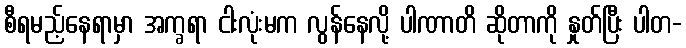
စီရမည့်နေရာမှာ အက္ခရာ ငါးလုံးမက လွန်နေလို့ ပါဏာတိ ဆိုတာကို နှုတ်ပြီး ပါတ-